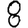
Digit: 8